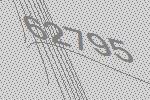
62795